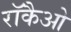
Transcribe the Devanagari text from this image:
रॉकैओ